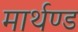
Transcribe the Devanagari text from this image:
मार्थण्ड